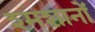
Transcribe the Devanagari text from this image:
श्मशानों